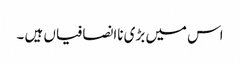
اس میں بڑی ناانصافیاں ہیں ۔